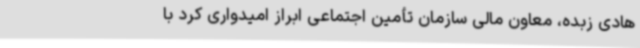
هادی زبده، معاون مالی سازمان تأمین اجتماعی ابراز امیدواری کرد با